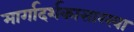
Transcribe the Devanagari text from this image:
मार्गादर्शकासारखा